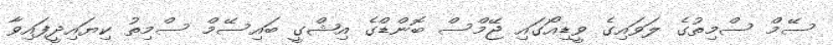
ސޭމް ސްމިތުގެ ލަވައިގެ ވީޑިއޯގައި ޖޭމްސް ބޮންޑްގެ އިޝްގީ ބައިސޭމް ސްމިތު ކިޔައިދީފައިވާ